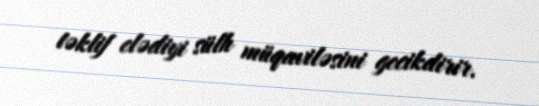
təklif elədiyi sülh müqaviləsini gecikdirir.